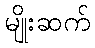
မျိုးဆက်